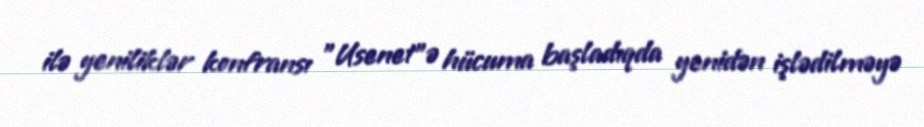
ilə yeniliklər konfransı "Usenet"ə hücuma başladıqda yenidən işlədilməyə